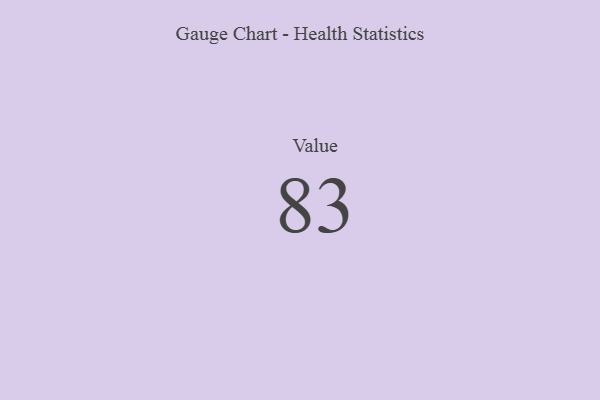
{"axis": {"x": "Metric", "y": "Value"}, "legend": [""], "data": [{"x": "Value", "y": 83, "type": ""}]}